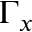
\Gamma _ { x }